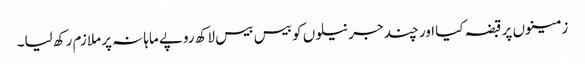
زمینوں پر قبضہ کیا اور چند جرنیلوں کو بیس بیس لاکھ روپے ماہانہ پر ملازم رکھ لیا۔